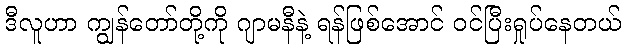
ဒီလူဟာ ကျွန်တော်တို့ကို ဂျာမနီနဲ့ ရန်ဖြစ်အောင် ဝင်ပြီးရှုပ်နေတယ်